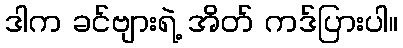
ဒါက ခင်ဗျားရဲ့ အိတ် ကဒ်ပြားပါ။